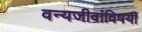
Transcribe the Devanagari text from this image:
वन्यजीवांविषयी